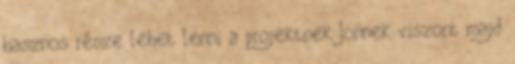
hasznos része lehet lenni a projektnek Jönnek viszont majd